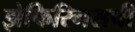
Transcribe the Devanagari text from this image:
झेफिरिनसची